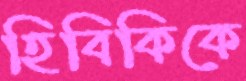
হিবিকিকে